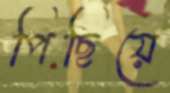
পিছিয়ে